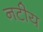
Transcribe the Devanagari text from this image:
नटीय